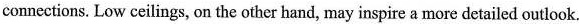
connections. Low ceilings, on the other hand, may inspire a more detailed outlook.